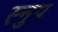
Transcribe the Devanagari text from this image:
स्नुप